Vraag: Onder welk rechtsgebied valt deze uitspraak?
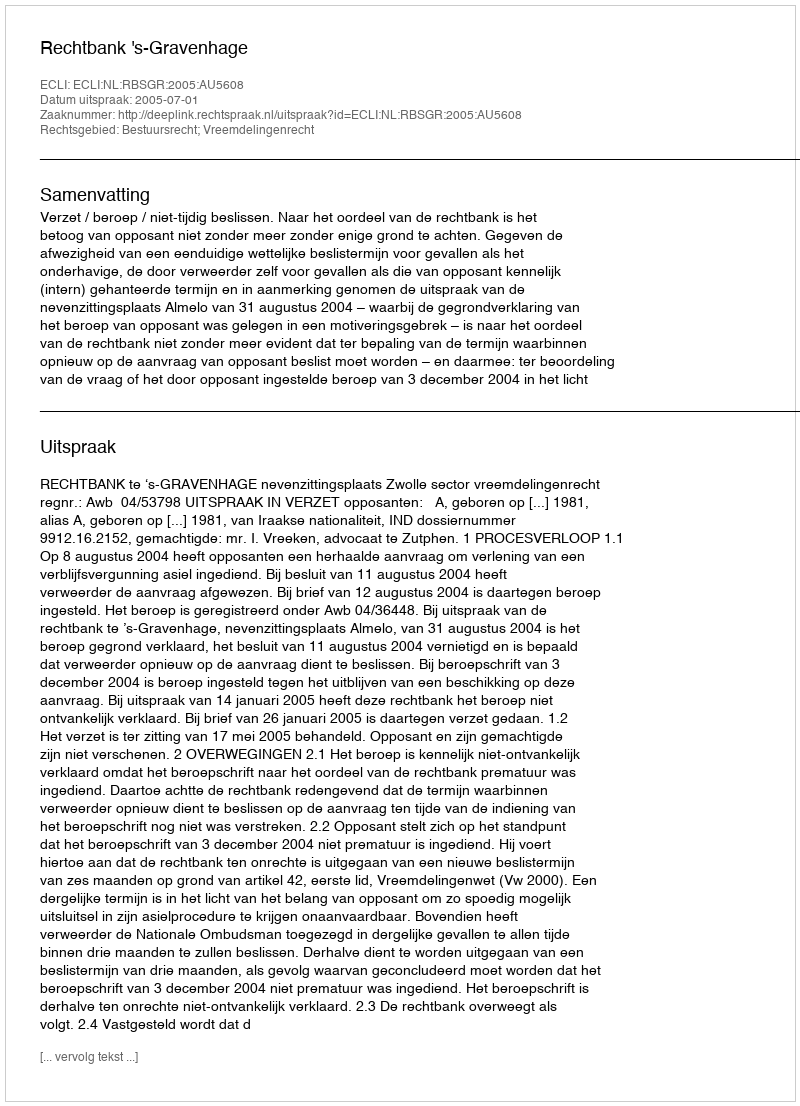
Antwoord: Bestuursrecht; Vreemdelingenrecht